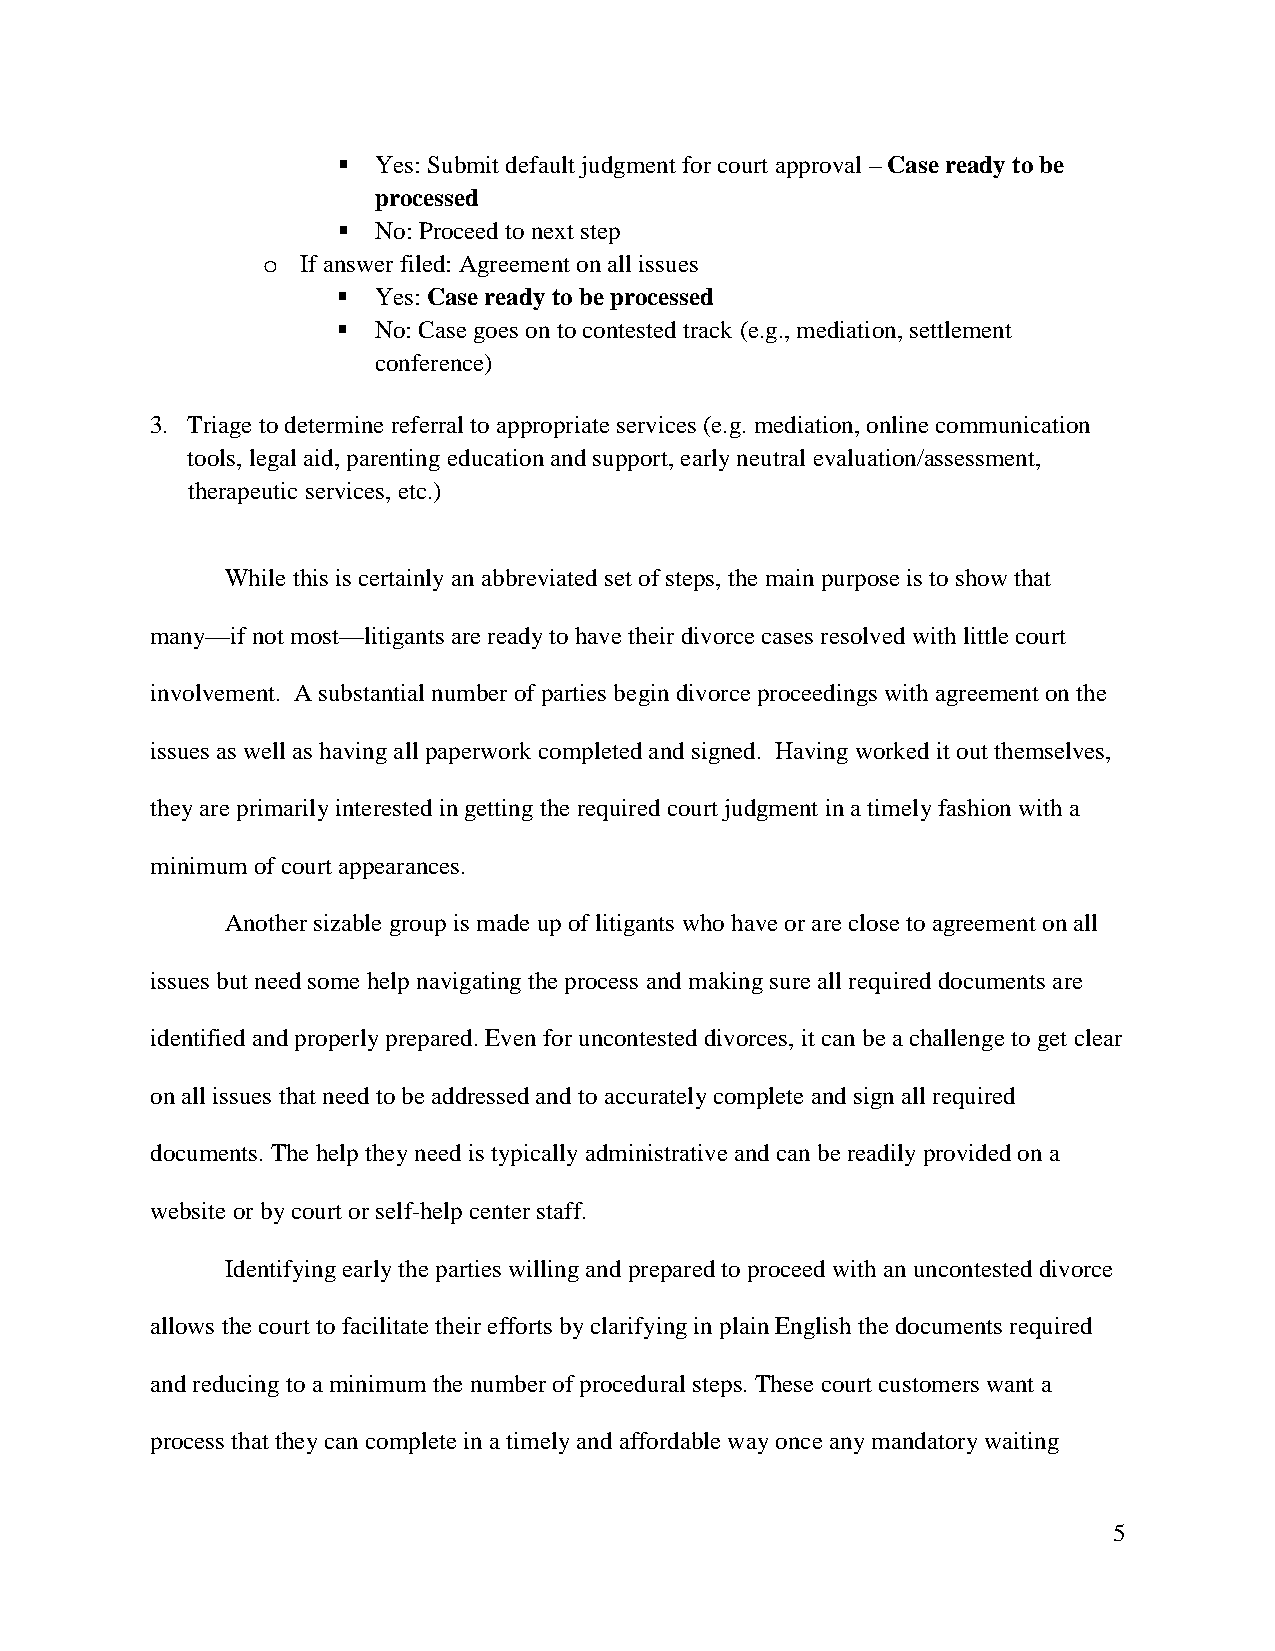
  Yes: Submit default judgment for court approval – Case ready to be
 processed
   No: Proceed to next step
 If answer filed: Agreement on all issues
 o
   Yes: Case ready to be processed
   No: Case goes on to contested track (e.g., mediation, settlement
 conference)
 3. Triage to determine referral to appropriate services (e.g. mediation, online communication
 tools, legal aid, parenting education and support, early neutral evaluation/assessment,
 therapeutic services, etc.)
 While this is certainly an abbreviated set of steps, the main purpose is to show that
 many—if not most—litigants are ready to have their divorce cases resolved with little court
 involvement. A substantial number of parties begin divorce proceedings with agreement on the
 issues as well as having all paperwork completed and signed. Having worked it out themselves,
 they are primarily interested in getting the required court judgment in a timely fashion with a
 minimum of court appearances.
 Another sizable group is made up of litigants who have or are close to agreement on all
 issues but need some help navigating the process and making sure all required documents are
 identified and properly prepared. Even for uncontested divorces, it can be a challenge to get clear
 on all issues that need to be addressed and to accurately complete and sign all required
 documents. The help they need is typically administrative and can be readily provided on a
 website or by court or self-help center staff.
 Identifying early the parties willing and prepared to proceed with an uncontested divorce
 allows the court to facilitate their efforts by clarifying in plain English the documents required
 and reducing to a minimum the number of procedural steps. These court customers want a
 process that they can complete in a timely and affordable way once any mandatory waiting
 5